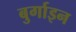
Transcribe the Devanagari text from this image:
बुर्गाइन